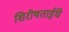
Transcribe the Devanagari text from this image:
शिरीषताईंचे